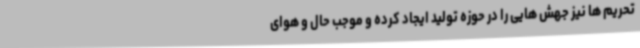
تحریم ها نیز جهش هایی را در حوزه تولید ایجاد کرده و موجب حال و هوای